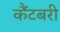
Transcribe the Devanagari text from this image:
कैंटबरी